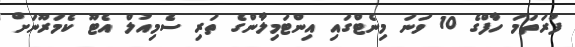
ފުރަތަމަ ހާފްގެ 10 ވަނަ މިނެޓްގައި އިންޓަމިލާންގެ ތަރި ސެމިއުލް އެޓޫ ކެމަރޫނަށް